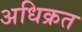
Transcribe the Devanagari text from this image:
अधिक्रत